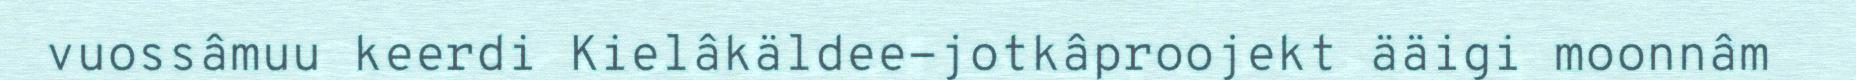
vuossâmuu keerdi Kielâkäldee-jotkâproojekt ääigi moonnâm